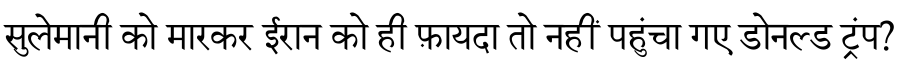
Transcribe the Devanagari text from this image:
सुलेमानी को मारकर ईरान को ही फ़ायदा तो नहीं पहुंचा गए डोनल्ड ट्रंप?